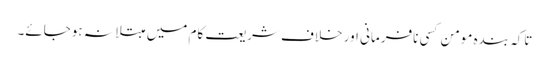
تاکہ بندہ مومن کسی نافرمانی اور خلاف شریعت کام میں مبتلا نہ ہوجائے۔